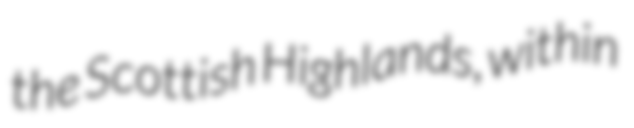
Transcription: the Scottish Highlands, within